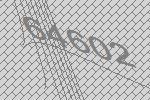
64602